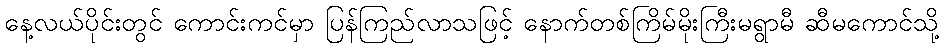
နေ့လယ်ပိုင်းတွင် ကောင်းကင်မှာ ပြန်ကြည်လာသဖြင့် နောက်တစ်ကြိမ်မိုးကြီးမရွာမီ ဆီမကောင်သို့